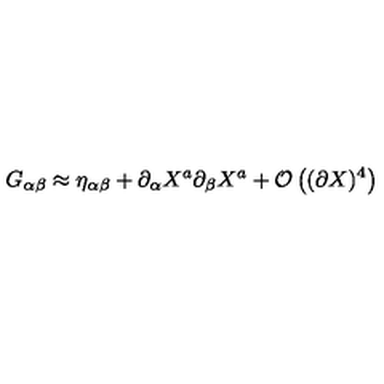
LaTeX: G _ { \alpha \beta } \approx \eta _ { \alpha \beta } + \partial _ { \alpha } X ^ { a } \partial _ { \beta } X ^ { a } + { \cal O } \left( ( \partial X ) ^ { 4 } \right)